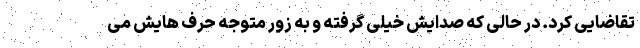
تقاضایی کرد. در حالی که صدایش خیلی گرفته و به زور متوجه حرف هایش می